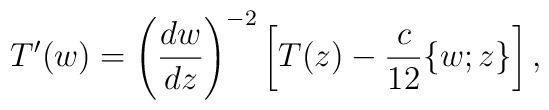
T'(w)=\left(\frac{dw}{dz}\right)^{-2}\left[T(z)-\frac{c}{12}\{w;z\}\right],